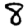
Digit: 8